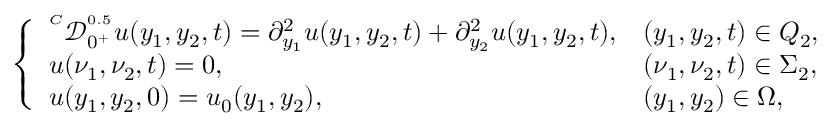
\left\{ \begin{array} { l l l l } { ^ { ^ C } \mathcal { D } _ { 0 ^ { + } } ^ { ^ { 0 . 5 } } u ( y _ { 1 } , y _ { 2 } , t ) = \partial _ { y _ { 1 } } ^ { 2 } u ( y _ { 1 } , y _ { 2 } , t ) + \partial _ { y _ { 2 } } ^ { 2 } u ( y _ { 1 } , y _ { 2 } , t ) , } & { ( y _ { 1 } , y _ { 2 } , t ) \in Q _ { 2 } , } \\ { u ( \nu _ { 1 } , \nu _ { 2 } , t ) = 0 , } & { ( \nu _ { 1 } , \nu _ { 2 } , t ) \in \Sigma _ { 2 } , } \\ { u ( y _ { 1 } , y _ { 2 } , 0 ) = u _ { 0 } ( y _ { 1 } , y _ { 2 } ) , } & { ( y _ { 1 } , y _ { 2 } ) \in \Omega , } \end{array} \right.